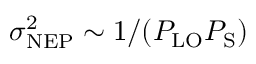
\sigma _ { \mathrm { N E P } } ^ { 2 } \sim 1 / ( P _ { \mathrm { L O } } P _ { \mathrm { S } } )